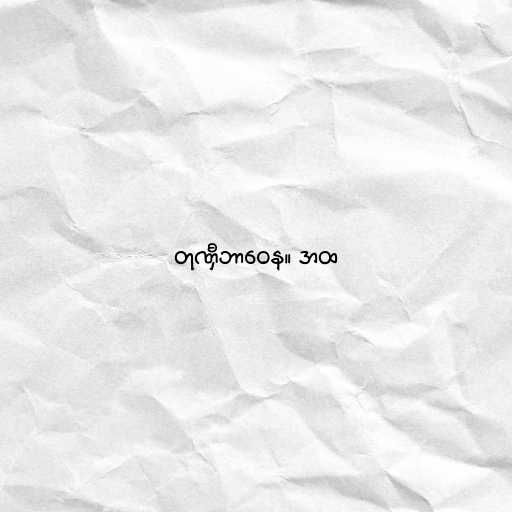
တုဏှီဘာဝေန။ အထ